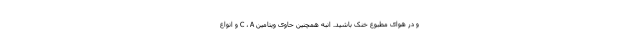
و در هوای مطبوع خنک باشید. انبه همچنین حاوی ویتامین C ، A و انواع